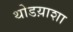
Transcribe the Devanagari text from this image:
थोडय़ाशा